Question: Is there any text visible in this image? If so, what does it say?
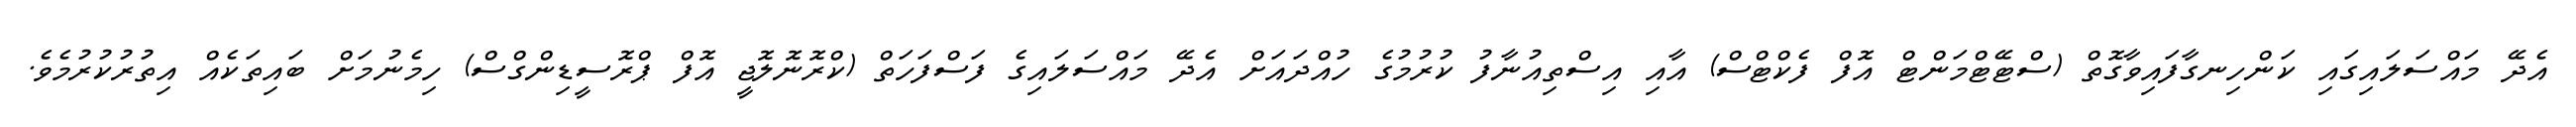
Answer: އެދޭ މައްސަލައިގައި ކަންހިނގާފައިވާގޮތް (ސްޓޭޓްމަންޓް އޮފް ފެކްޓްސް) އާއި އިސްތިއުނާފު ކުރުމުގެ ހުއްދައަށް އެދޭ މައްސަލައިގެ ފަސްފަހަތް (ކްރޮނޮލޮޖީ އޮފް ޕްރޮސީޑިންގްސް) ހިމެނުމަށް ބައިތަކެއް އިތުރުކުރުމެވެ.